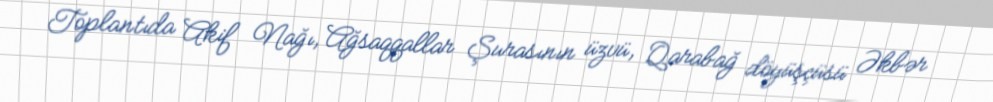
Toplantıda Akif Nağı, Ağsaqqallar Şurasının üzvü, Qarabağ döyüşçüsü Əkbər